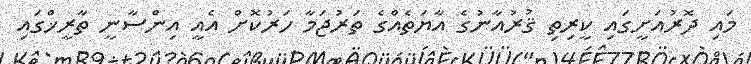
މައި ދޮރުއަށީގައި ކީރިތި ޤުރުއާނުގެ އާޔަތެއްގެ ތަރުޖަމާ ހަރުކޮށް އެއީ އިންސާނީ ތާރީޚްގައި